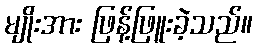
မျိုးအား ဖြန့်ဖြူးခဲ့သည်။